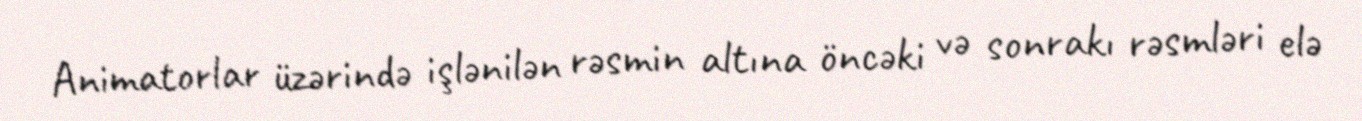
Animatorlar üzərində işlənilən rəsmin altına öncəki və sonrakı rəsmləri elə